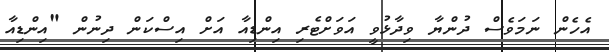
އެހެން ނަމަވެސް ދުންޔާ ވިދާޅުވީ އަވަށްޓެރި އިންޑިއާ އަށް އިސްކަން ދިނުން "އިންޑިއާ